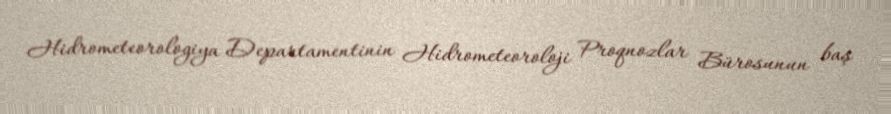
Hidrometeorologiya Departamentinin Hidrometeoroloji Proqnozlar Bürosunun baş